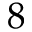
8